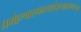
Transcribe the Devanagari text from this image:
प्रमेहश्वासकासार्शःकृच्छ्रहृद्रोगवातनुत्